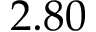
2 . 8 0